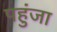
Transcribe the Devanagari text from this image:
पहुंजा